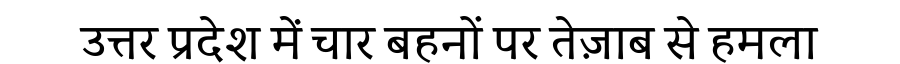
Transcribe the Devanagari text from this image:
उत्तर प्रदेश में चार बहनों पर तेज़ाब से हमला